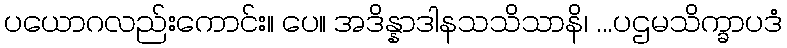
ပယောဂလည်းကောင်း။ ပေ။ အဒိန္နာဒါနသသိသာနိ၊ ...ပဌမသိက္ခာပဒံ